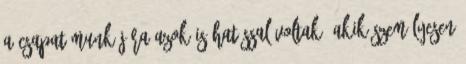
a csapat munkájára azok is hatással voltak, akik személyesen